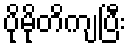
ပိုမိုတိကျပြီး